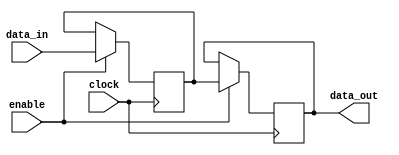
module transparent_latch_ff (
    input wire data_in,
    input wire clock,
    input wire enable,
    output reg data_out
);

    reg data_reg;

    always @(posedge clock) begin
        if (enable)
            data_reg <= data_in;
    end
    
    always @(posedge clock) begin
        if (enable)
            data_out <= data_reg;
    end

endmodule